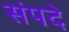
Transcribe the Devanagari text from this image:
संपदे